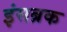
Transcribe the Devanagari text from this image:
इंसब्रक